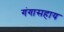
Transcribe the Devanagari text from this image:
गंगासहाय